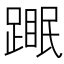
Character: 𬧆